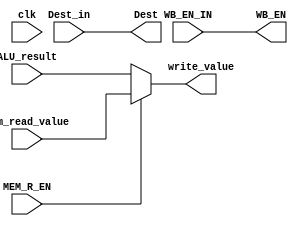
module WB_Stage
  (
    input clk,
		input MEM_R_EN,
    input WB_EN_IN,
    input [31:0] ALU_result,
    input [31:0] Mem_read_value,
    input [4:0] Dest_in,

		output WB_EN,
    output [31:0] write_value,
		output [4:0] Dest
  );

  assign write_value = (MEM_R_EN) ? Mem_read_value : ALU_result;
  assign WB_EN = WB_EN_IN;
  assign Dest = Dest_in;

endmodule